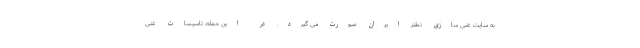
به سایت غنی سازی نطنز ایران صورت می گیرد. در این حمله، تاسیسات غنی